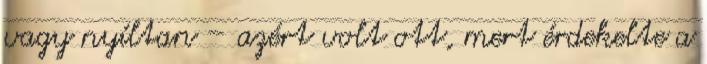
vagy nyíltan – azért volt ott, mert érdekelte a